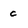
Character: c